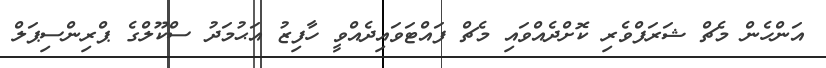
އަންހެން މެޗް ޝަރަފްވެރި ކޮށްދެއްވައި މެޗް ފައްޓަވައިދެއްވީ ހާފިޒު އަޙުމަދު ސްކޫލްގެ ޕްރިންސިޕަލް